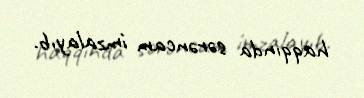
haqqında sərəncam imzalayıb.